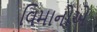
વિમાનોએ